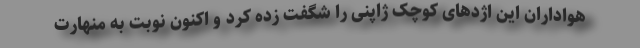
هواداران این اژدهای کوچک ژاپنی را شگفت زده کرد و اکنون نوبت به منهارت